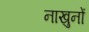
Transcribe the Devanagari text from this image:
नाखुनों